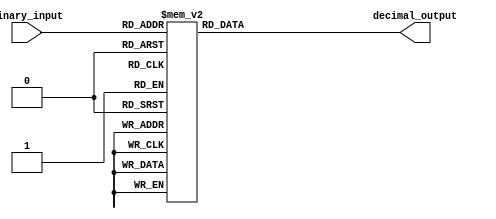
module decimal_decoder (
    input [N-1:0] binary_input,
    output [M-1:0] decimal_output
);

// Parameter definition
parameter N = 3; // Number of bits in binary input
parameter M = 2**N; // Number of bits in decimal output

// Output assignment based on binary input
always @(*) begin
    case (binary_input)
        3'b000: decimal_output = 4'b0000;
        3'b001: decimal_output = 4'b0001;
        3'b010: decimal_output = 4'b0010;
        3'b011: decimal_output = 4'b0011;
        3'b100: decimal_output = 4'b0100;
        3'b101: decimal_output = 4'b0101;
        3'b110: decimal_output = 4'b0110;
        3'b111: decimal_output = 4'b0111;
        default: decimal_output = 4'bxxxx; // Invalid input
    endcase
end

endmodule